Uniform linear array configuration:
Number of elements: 12
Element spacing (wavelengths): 0.25
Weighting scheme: cosine
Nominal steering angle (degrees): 15
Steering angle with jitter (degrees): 13.41
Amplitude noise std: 0.05
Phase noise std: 0.05

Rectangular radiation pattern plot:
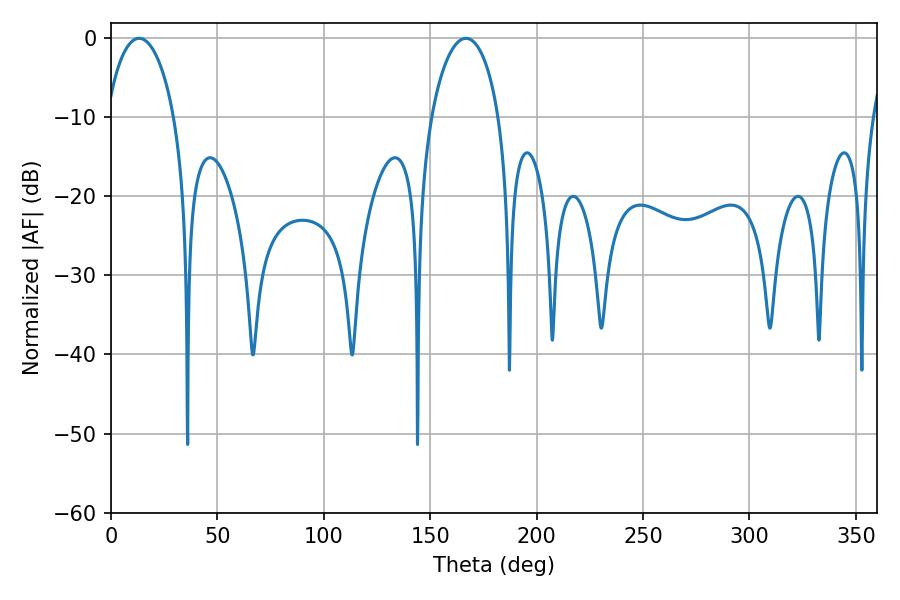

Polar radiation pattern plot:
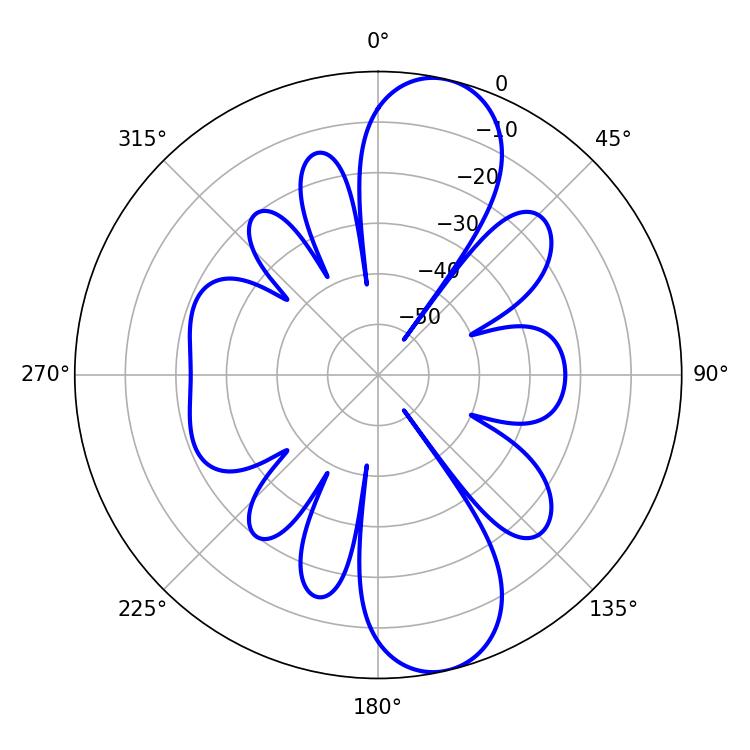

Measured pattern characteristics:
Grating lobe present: FALSE
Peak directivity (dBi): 11.148
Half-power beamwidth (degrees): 18.18
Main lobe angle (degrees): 13.14